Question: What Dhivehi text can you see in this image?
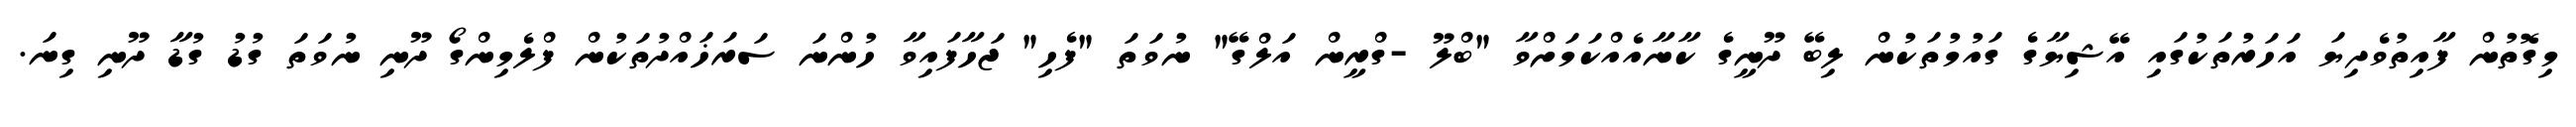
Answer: މިގޮތުން ފާއިތުވެދިޔަ އަހަރުތަކުގައި އޭޝިޔާގެ ގައުމުތަކުން ލިބޭ ދޫނީގެ ކާނާއެއްކަމަށްވާ "ބްލޫ -ގްރީން އަލްގޭ" ނުވަތަ "ފެހި" ޖަހާފައިވާ ހުންނަ ސަރަޚައްދުތަކުން ފްލެމިންގޯ ދޫނި ނުވަތަ ގުޑު ގުޑާ ދޫނި ގިނަ.